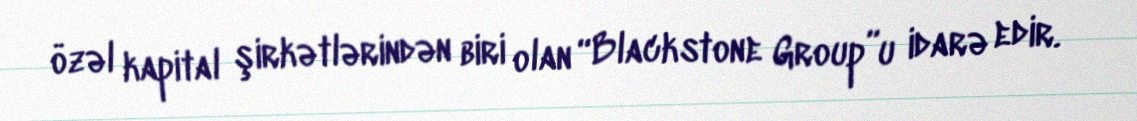
özəl kapital şirkətlərindən biri olan “Blackstone Group”u idarə edir.